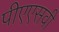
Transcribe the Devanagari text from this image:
पीएएसवी